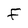
Character: F